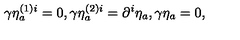
\gamma \eta _ { a } ^ { \left( 1 \right) i } = 0 , \gamma \eta _ { a } ^ { \left( 2 \right) i } = \partial ^ { i } \eta _ { a } , \gamma \eta _ { a } = 0 ,